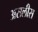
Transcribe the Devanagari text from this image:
असलीस